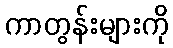
ကာတွန်းများကို